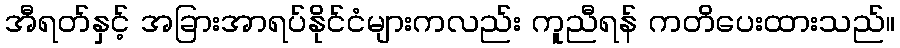
အီရတ်နှင့် အခြားအာရပ်နိုင်ငံများကလည်း ကူညီရန် ကတိပေးထားသည်။